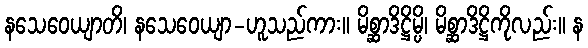
နသေဝေယျာတိ၊ နသေဝေယျာ-ဟူသည်ကား။ မိစ္ဆာဒိဋ္ဌိမ္ပိ၊ မိစ္ဆာဒိဋ္ဌိကိုလည်း။ န